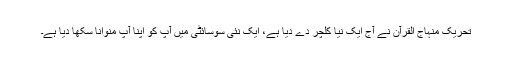
تحریک منہاج القرآن نے آج ایک نیا کلچر دے دیا ہے، ایک نئی سوسائٹی میں آپ کو اپنا آپ منوانا سکھا دیا ہے۔